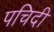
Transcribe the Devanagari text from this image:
पचिदी